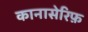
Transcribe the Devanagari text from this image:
कानासेरिफ़